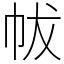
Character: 帗